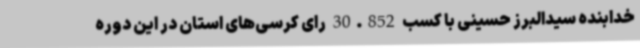
خدابنده سیدالبرز حسینی با کسب 30.852 رای کرسی‌های استان در این دوره